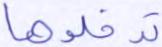
تدخلوها